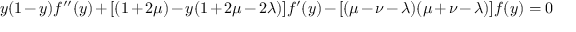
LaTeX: y ( 1 - y ) f ^ { \prime \prime } ( y ) + [ ( 1 + 2 \mu ) - y ( 1 + 2 \mu - 2 \lambda ) ] f ^ { \prime } ( y ) - [ ( \mu - \nu - \lambda ) ( \mu + \nu - \lambda ) ] f ( y ) = 0